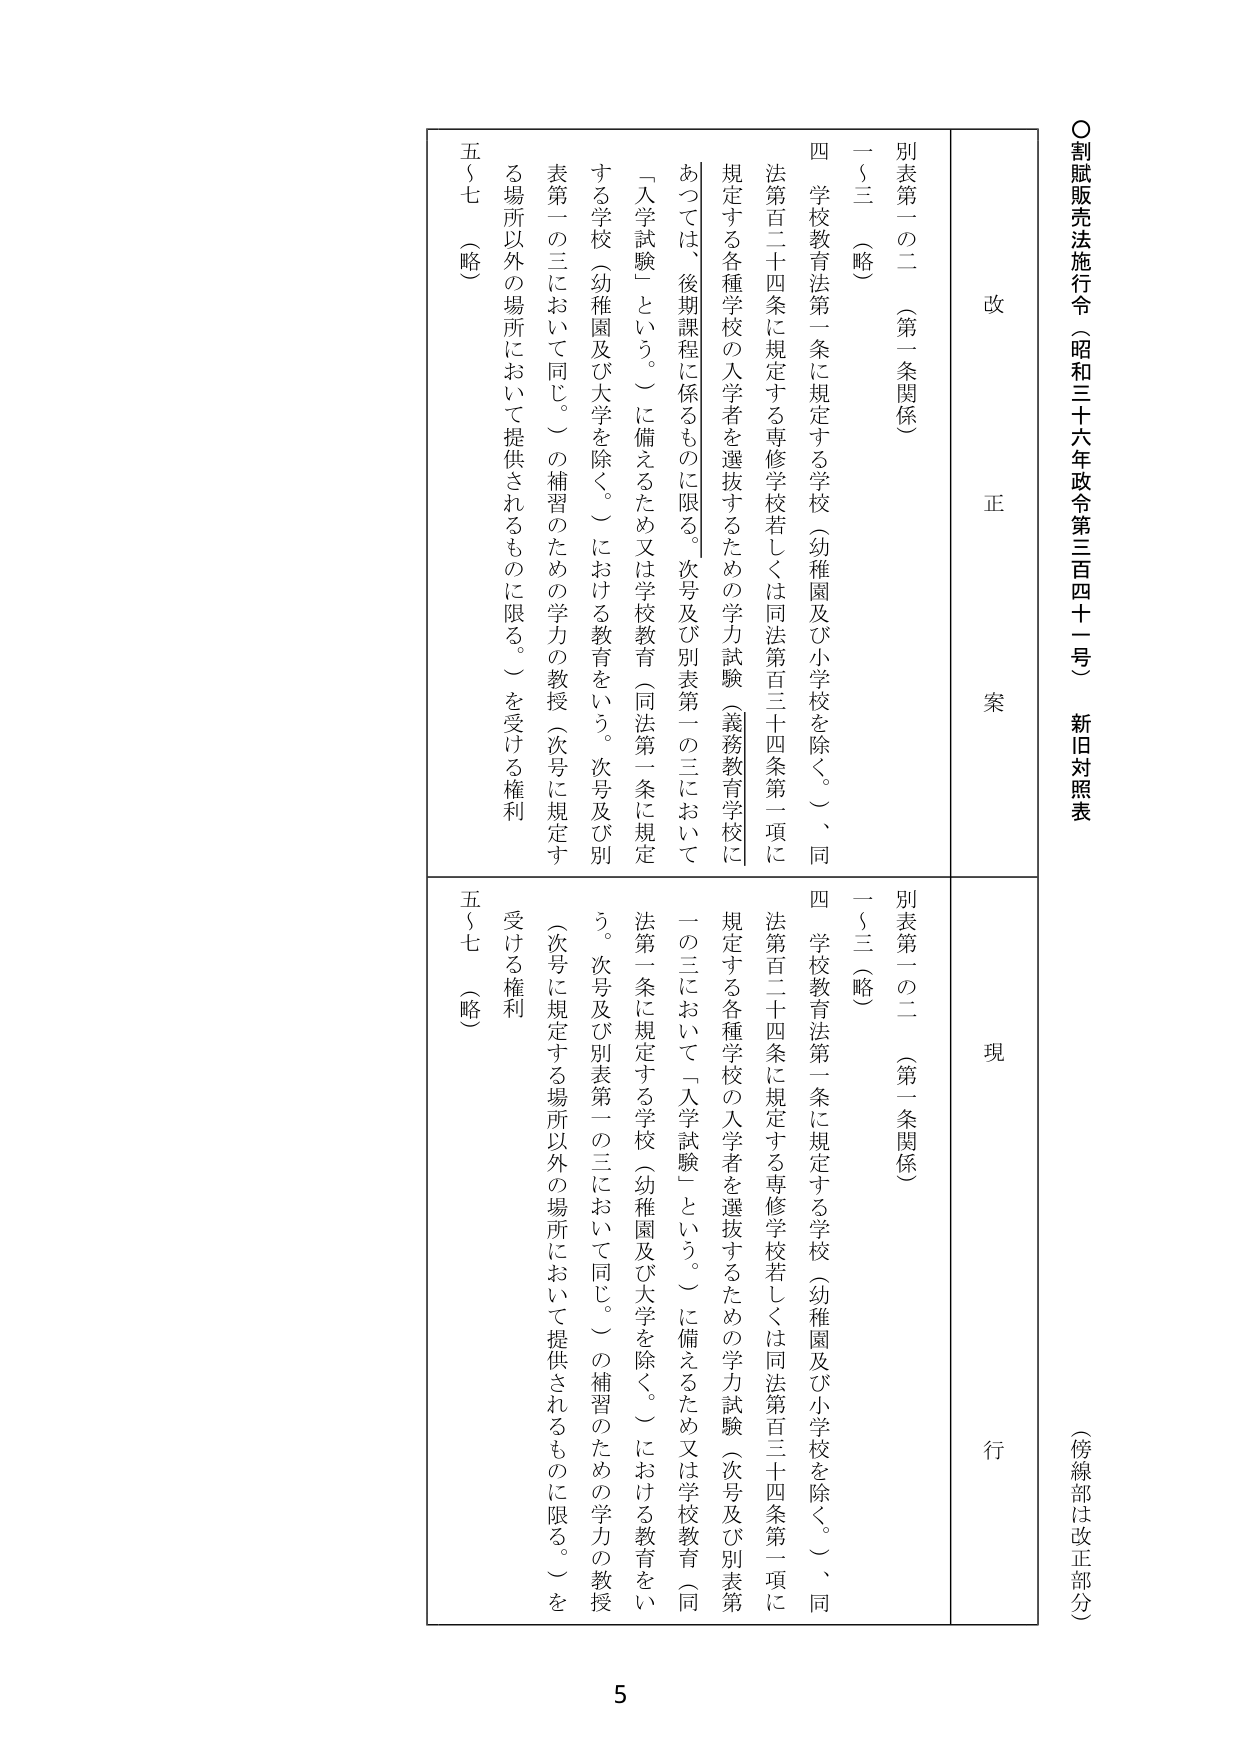
○割賦販売法施行令（昭和三十六年政令第三百四十一号） 新旧対照表
（傍線部は改正部分）

改
正
案

別表第一の二（第一条関係）
一～三（略）
四 学校教育法第一条に規定する学校（幼稚園及び小学校を除く。）、同法第百二十四条に規定する専修学校若しくは同法第百三十四条第一項に規定する各種学校の入学者を選抜するための学力試験（義務教育学校にあつては、後期課程に係るものに限る。次号及び別表第一の三において「入学試験」という。）に備えるため又は学校教育（同法第一条に規定する学校（幼稚園及び大学を除く。）における教育をいう。次号及び別表第一の三において同じ。）の補習のための学力の教授（次号に規定する場所以外の場所において提供されるものに限る。）を受ける権利
五～七（略）

現
行

別表第一の二（第一条関係）
一～三（略）
四 学校教育法第一条に規定する学校（幼稚園及び小学校を除く。）、同法第百二十四条に規定する専修学校若しくは同法第百三十四条第一項に規定する各種学校の入学者を選抜するための学力試験（次号及び別表第一の三において「入学試験」という。）に備えるため又は学校教育（同法第一条に規定する学校（幼稚園及び大学を除く。）における教育をいう。次号及び別表第一の三において同じ。）の補習のための学力の教授（次号に規定する場所以外の場所において提供されるものに限る。）を受ける権利
五～七（略）

5